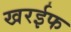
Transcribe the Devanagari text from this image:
खरईफ